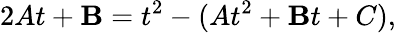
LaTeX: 2At+\mathbf{B}=t^{2}-(At^{2}+\mathbf{B}t+C),